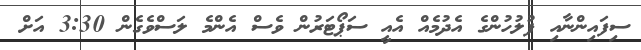
ސިފައިންނާއި ފުލުހުންގެ އެދުމެއް އެއީ ސަޕޯޓަރުން ވެސް އެންމެ ލަސްވެގެން 3:30 އަށް